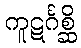
ကူဋင်္ဂစ္ဆိ